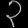
Digit: ၃